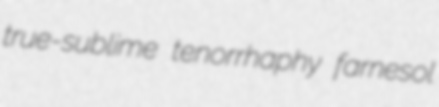
true-sublime tenorrhaphy farnesol